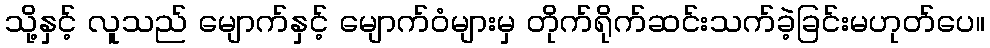
သို့နှင့် လူသည် မျောက်နှင့် မျောက်ဝံများမှ တိုက်ရိုက်ဆင်းသက်ခဲ့ခြင်းမဟုတ်ပေ။